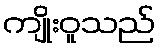
ကျိုးဝူသည်